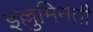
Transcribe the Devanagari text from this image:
इल्लुमिनती